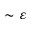
\sim \varepsilon